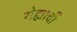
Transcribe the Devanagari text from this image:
रोह्याची